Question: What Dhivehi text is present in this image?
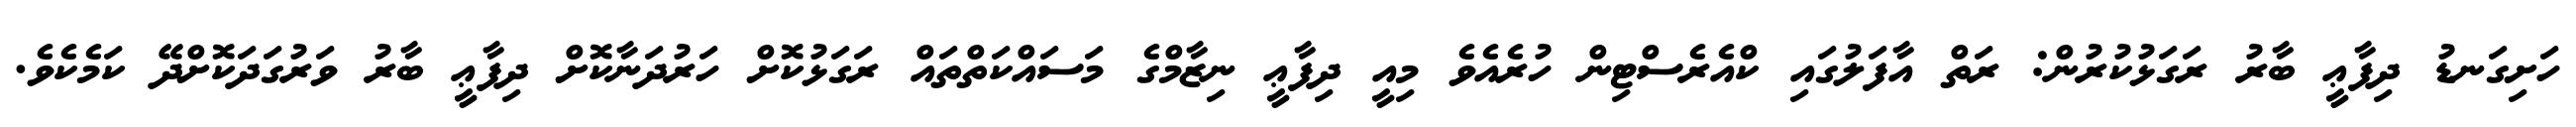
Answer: ހަށިގަނޑު ދިފާޢީ ބާރު ރަގަޅުކުރުން: ރަތް އާފަލުގައި ކްއެރެސްޓިން ހުރެއެވެ މިއީ ދިފާޢީ ނިޒާމްގެ މަސައްކަތްތައް ރަގަޅުކޮށް ހަރުދަނާކޮށް ދިފާޢީ ބާރު ވަރުގަދަކޮށްދޭ ކަމެކެވެ.